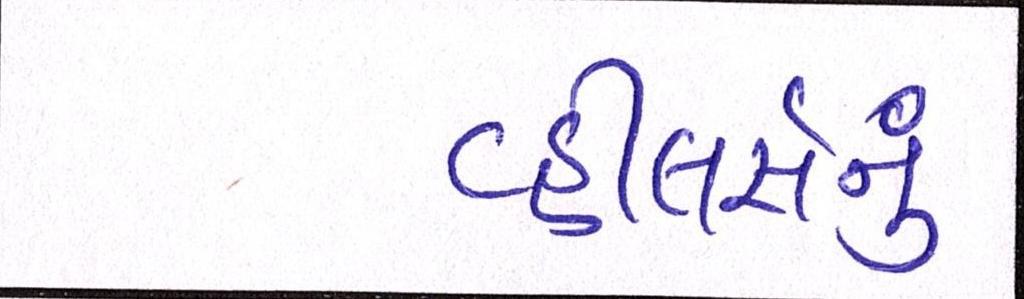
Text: વ્હીલર્સનું